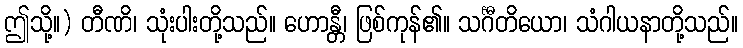
ဤသို့။) တီဏိ၊ သုံးပါးတို့သည်။ ဟောန္တီ၊ ဖြစ်ကုန်၏။ သင်္ဂီတိယော၊ သံဂါယနာတို့သည်။